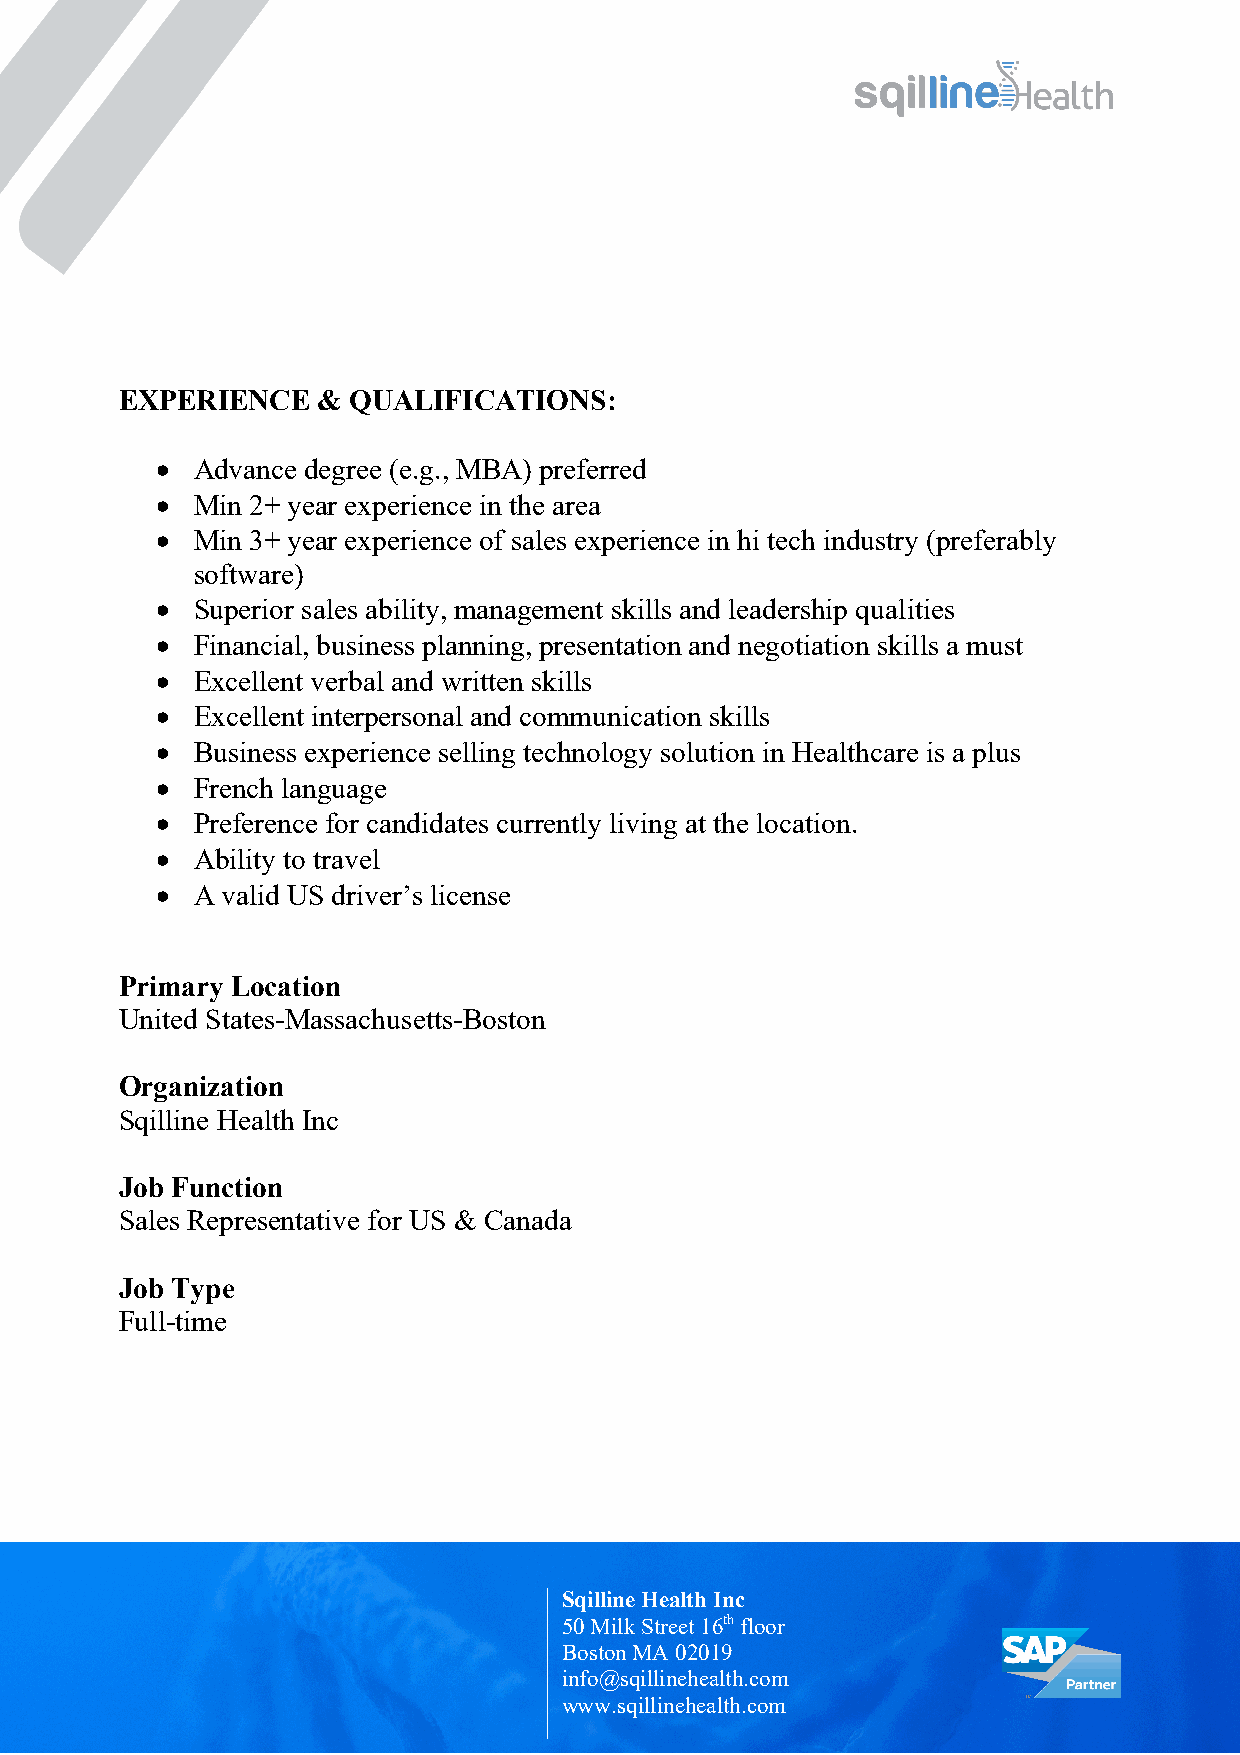
EXPERIENCE   & QUALIFICATIONS:
 •  Advance degree (e.g., MBA) preferred
 •  Min 2+ year experience in the area
 •  Min 3+ year experience of sales experience in hi tech industry (preferably
 software)
 •  Superior sales ability, management skills and leadership qualities
 •  Financial, business planning, presentation and negotiation skills a must
 •  Excellent verbal and written skills
 •  Excellent interpersonal and communication skills
 •  Business experience selling technology solution in Healthcare is a plus
 •  French language
 •  Preference for candidates currently living at the location.
 •  Ability to travel
 •  A valid US driver’s license
 Primary Location
 United States-Massachusetts-Boston
 Organization
 Sqilline Health Inc
 Job Function
 Sales Representative for US & Canada
 Job Type
 Full-time
 Sqilline Health Inc
 50 Milk Street 16th floor
 Boston MA 02019
 info@sqillinehealth.com
 www.sqillinehealth.com